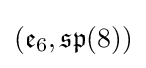
({\mathfrak {e}}_{6},{\mathfrak {sp}}(8))